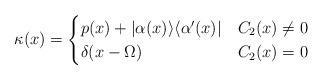
LaTeX: \begin{align*} \kappa(x)=\begin{cases}p(x)+|\alpha(x) \rangle \langle \alpha'(x)|& C_2(x) \ne 0\\ \delta(x-\Omega) & C_2(x)=0\end{cases}\end{align*}